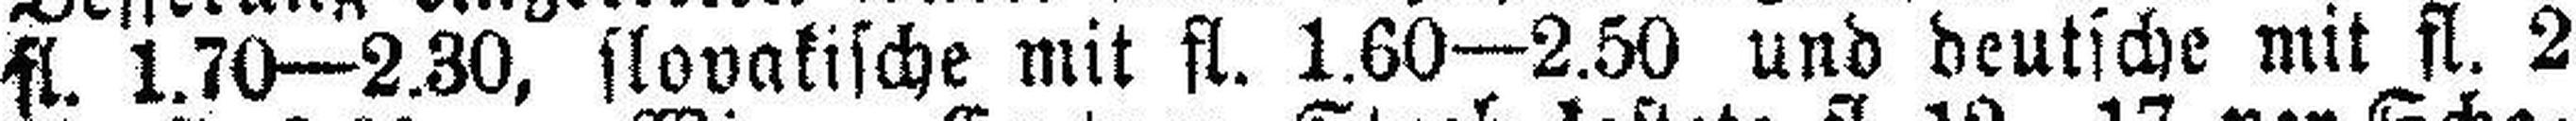
fl. 1.70—2.30, slovakische mit fl. 1.60—2.50 und deutsche mit fl. 2